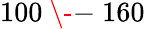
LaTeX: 100~{\- -}~160